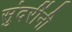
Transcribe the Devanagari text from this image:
सुंदरींनी